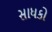
સાધકો